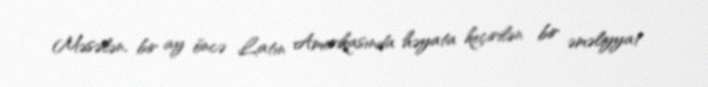
Məsələn, bir ay öncə Latın Amerikasında həyata keçirilən bir əməliyyat